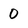
Character: 0